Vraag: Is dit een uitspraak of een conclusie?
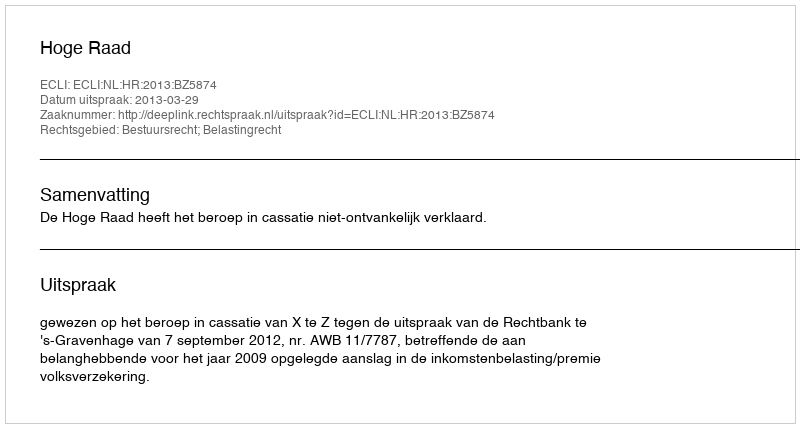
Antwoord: Uitspraak